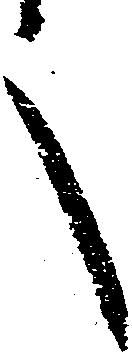
言